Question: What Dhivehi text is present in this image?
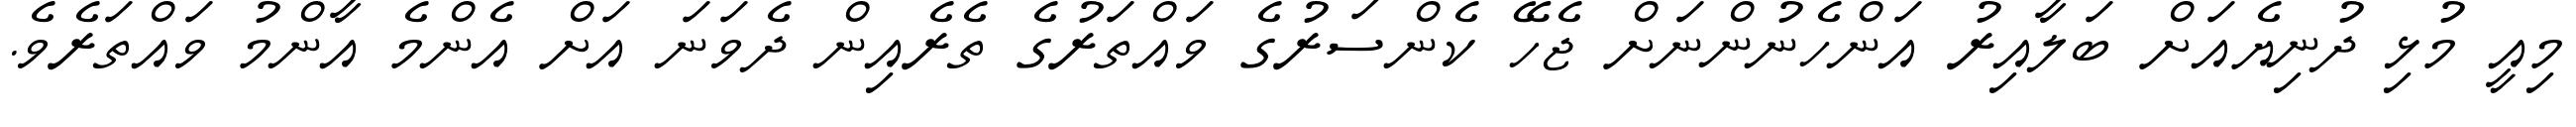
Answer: މިއީ މުޅި ދުނިޔެއަށް ބަލާއިރު އަންހެނުންނަށް ޖެހޭ ކެންސަރުގެ ވައްތަރުގެ ތެރެއިން ދެވަނަ އަށް އެންމެ އާންމު ވައްތަރެވެ.